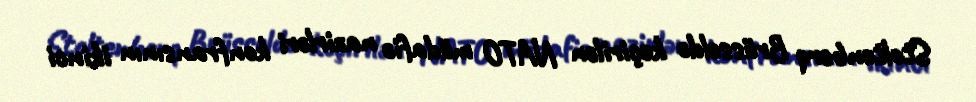
Stoltenberq Brüsseldə keçirilən NATO müdafiə nazirləri konfransının ikinci